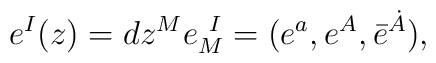
e^I(z)=dz^Me_M^{~I}=(e^a,e^A,\bar e^{\dot A}),